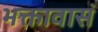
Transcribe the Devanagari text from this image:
भक्तावासं